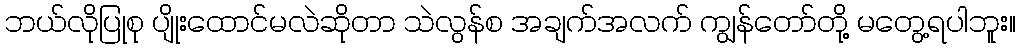
ဘယ်လိုပြုစု ပျိုးထောင်မလဲဆိုတာ သဲလွန်စ အချက်အလက် ကျွန်တော်တို့ မတွေ့ရပါဘူး။